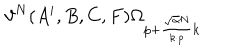
LaTeX: \vartheta ^ { N } ( A ^ { i } , B , C , F ) \Omega _ { p + { \frac { \sqrt { \alpha } N } { k \cdot p } } k }